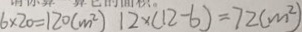
6 \times 2 0 = 1 2 0 ( m ^ { 2 } ) 1 2 \times ( 1 2 - 6 ) = 7 2 ( m ^ { 2 } )